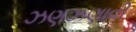
ઝણઝણાવી